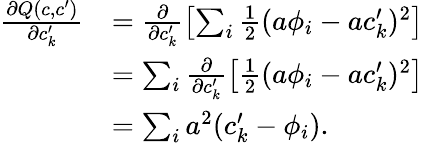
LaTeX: \begin{array}{rl}{\frac{\partial Q(c,c^{\prime})}{\partial c_{k}^{\prime}}}&{=\frac{\partial}{\partial c_{k}^{\prime}}\left[\sum_{i}\frac{1}{2}(a\phi_{i}-ac_{k}^{\prime})^{2}\right]}\\ &{=\sum_{i}\frac{\partial}{\partial c_{k}^{\prime}}\left[\frac{1}{2}(a\phi_{i}-ac_{k}^{\prime})^{2}\right]}\\ &{=\sum_{i}a^{2}(c_{k}^{\prime}-\phi_{i}).}\end{array}